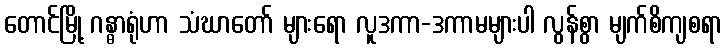
တောင်မြို့ ဂန္ဓာရုံဟာ သံဃာတော် များရော လူဒကာ-ဒကာမများပါ လွန်စွာ မျက်စိကျစရာ